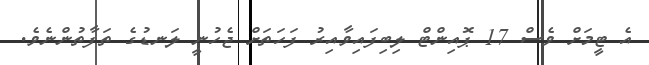
އެ ޓީމަށް ވެސް 17 ޕޮއިންޓް ލިބިފައިވާއިރު ފަހަތަށް ޖެހުނީ ލަނޑުގެ ތަފާތުންނެވެ.